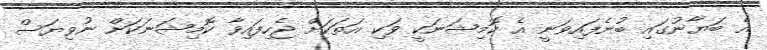
އެ ބަޔާނުގައި ބުނެފައިވަނީ އެ ކޮމިޝަނަކީ ވަކި އަތަކަށް ޖެހިފައިވާ ކޮމިޝަނަކަށް ނުވިޔަސް